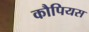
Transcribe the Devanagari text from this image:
कौपियस